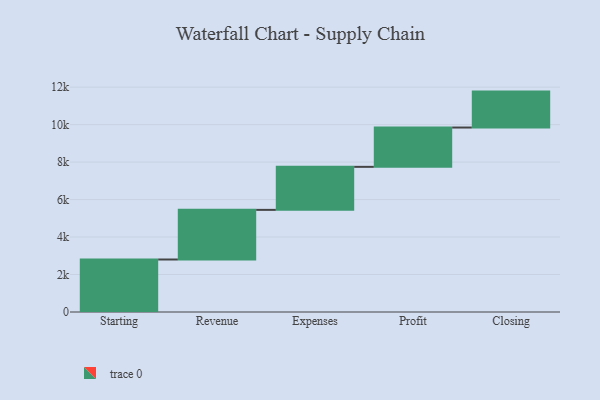
{"axis": {"x": "Step", "y": "Value"}, "legend": [""], "data": [{"x": "Starting", "y": 2802.0, "type": ""}, {"x": "Revenue", "y": 2649.0, "type": ""}, {"x": "Expenses", "y": 2297.0, "type": ""}, {"x": "Profit", "y": 2098.0, "type": ""}, {"x": "Closing", "y": 1918.0, "type": ""}]}